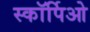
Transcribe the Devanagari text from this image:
स्कॉर्पिओ